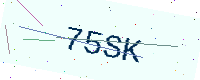
Text: 75SK